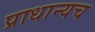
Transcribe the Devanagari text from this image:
प्राधान्यच